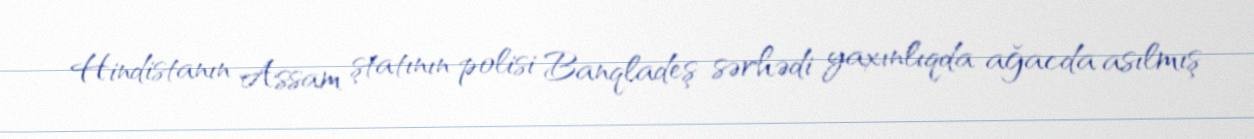
Hindistanın Assam ştatının polisi Banqladeş sərhədi yaxınlıqda ağacda asılmış